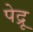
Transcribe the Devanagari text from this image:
पेद्रू